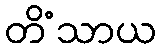
တိံသာယ